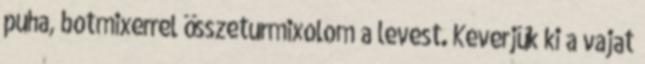
puha, botmixerrel összeturmixolom a levest. Keverjük ki a vajat